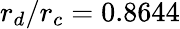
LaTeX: r_{d}/r_{c}=0.8644